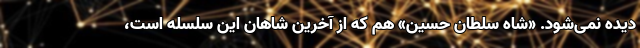
دیده نمی‌شود. «شاه سلطان حسین» هم که از آخرین شاهان این سلسله است،